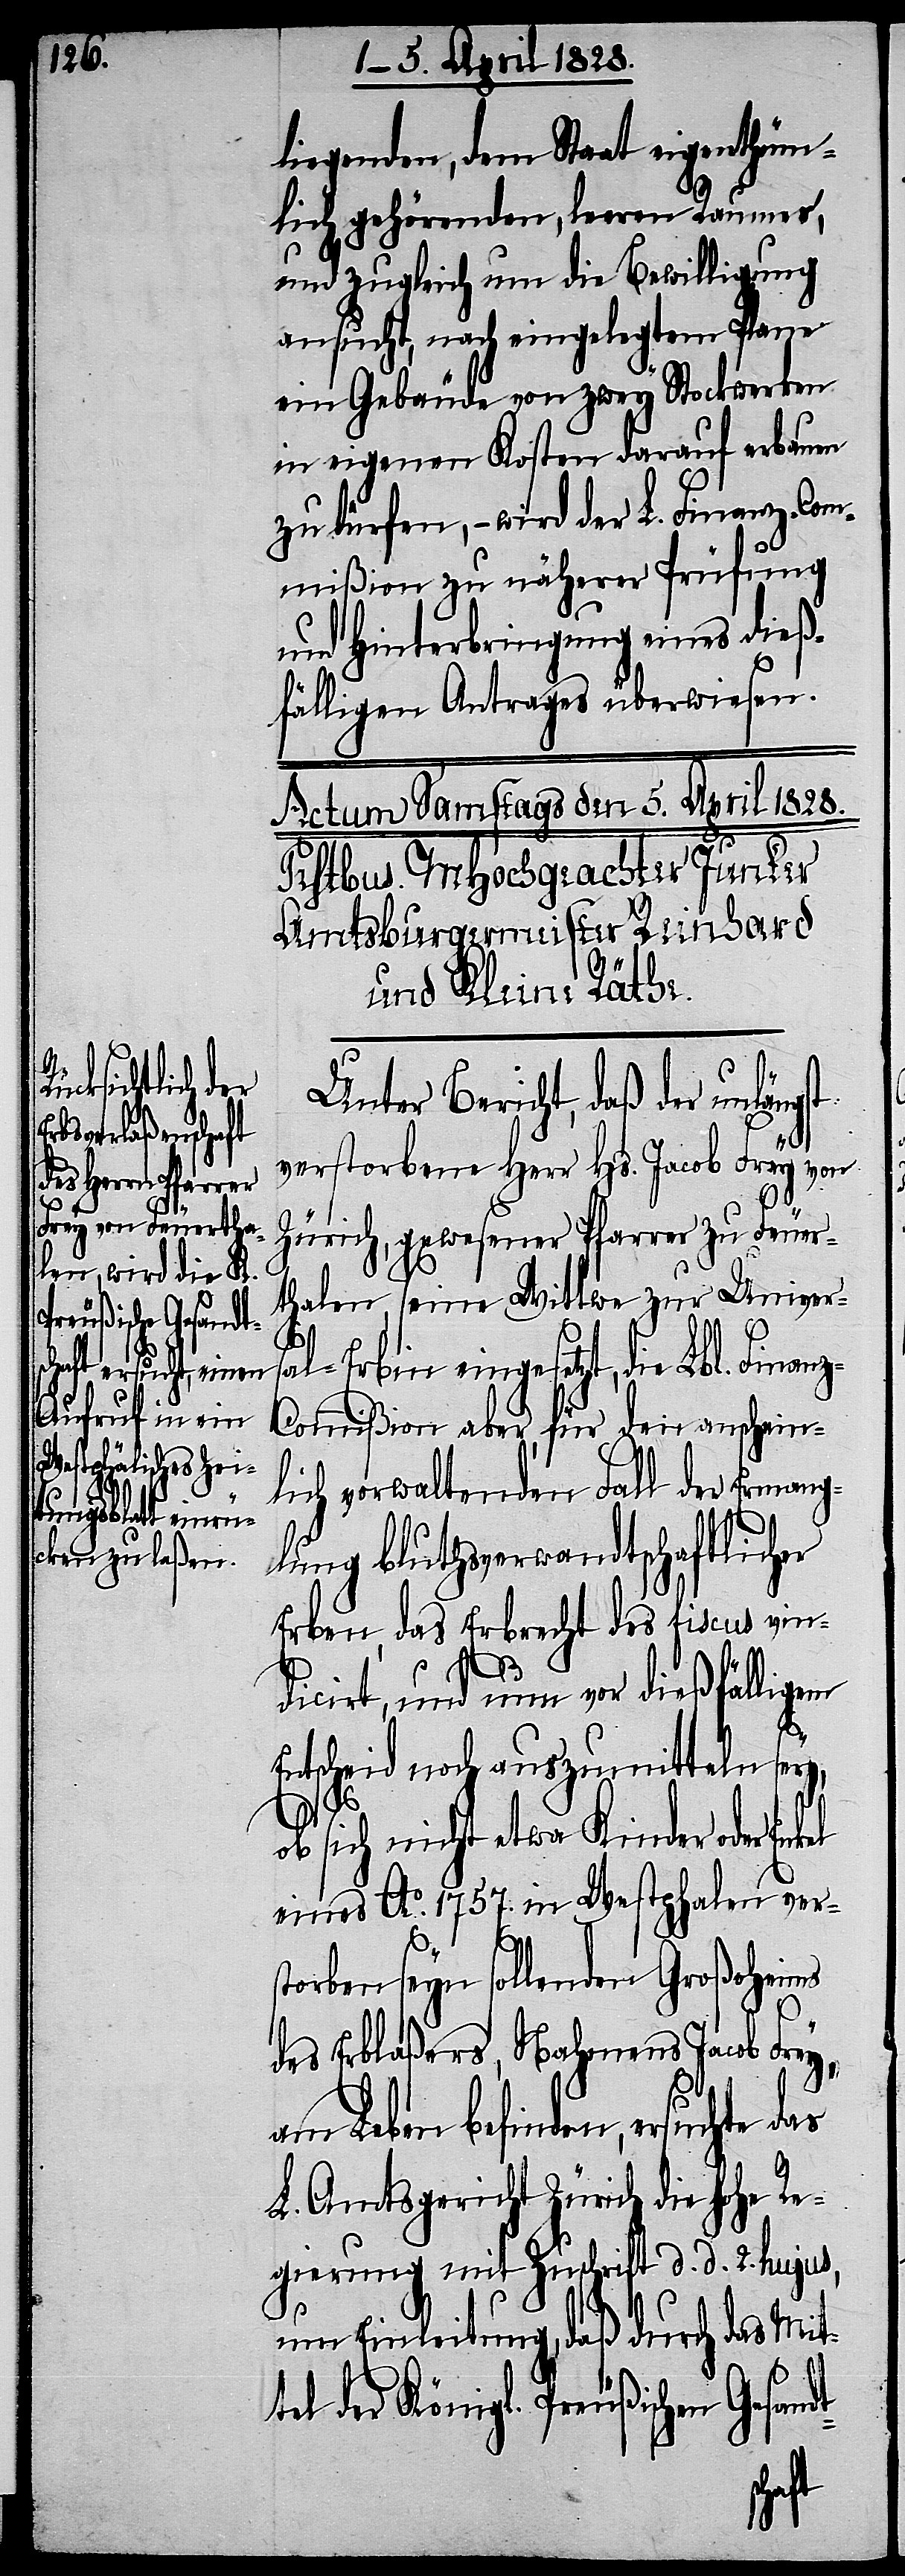
l-Er¬

liegenden, dem Staat eigenthüm¬
lich gehörenden, leeren Raumes,
und zugleich um die Bewilligung
ansucht, nach eingelegtem Plane
ein Gebäude von zwey Stockwerken
in eigenen Kosten darauf erbauen
zu dürfen, – wird der L. Finanz-Com¬
mißion zu näherer Prüfung
und Hinterbringung eines dieß¬
fälligen Antrages überwiesen.
Unter Bericht, daß der unlängst
verstorbene Herr Hs. Jacob Frey von
Zürich, gewesener Pfarrer zu Feuer¬
thalen, seine Wittwe zur Univer¬
bin eingesetzt, die Lbl. Finan¬
z-Commißion aber, für den anschein¬
lich vorwaltenden Fall der Ermang¬
lung bluthverwandtschaftlicher
Erben, das Erbrecht des fiscus vin¬
dicirt, und nun vor dießfälligem
Entscheid noch auszumitteln sey,
ob sich nicht etwa Kinder oder
eines Ao. 1757. in Westphalen ver¬
storben seyn sollenden Großoheims
des Erblaßers, Nahmens Jacob Frey,
am Leben befinden, ersuchte das
L. Amtsgericht Zürich die hohe Re¬
gierung mit Zuschrift d. d. 2. hujus,
um Einleitung, daß durch das Mit¬
tel der Königl. Preußischen Gesan¬
dt-